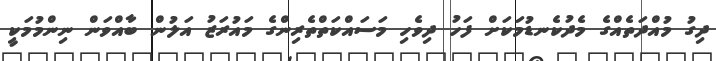
ދިގު މުއްދަތެއްގެ މެދުކެނޑުމަކަށް ފަހު ދިވެހި މަސައްކަތްތެރިންގެ މައުރަޒު އަލުން ބާއްވަން ނިންމުމަކީ